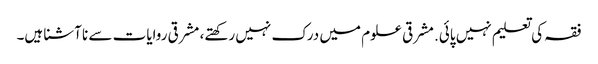
فقہ کی تعلیم نہیں پائی. مشرقی علوم میں درک نہیں رکھتے، مشرقی روایات سے نا آشنا ہیں۔